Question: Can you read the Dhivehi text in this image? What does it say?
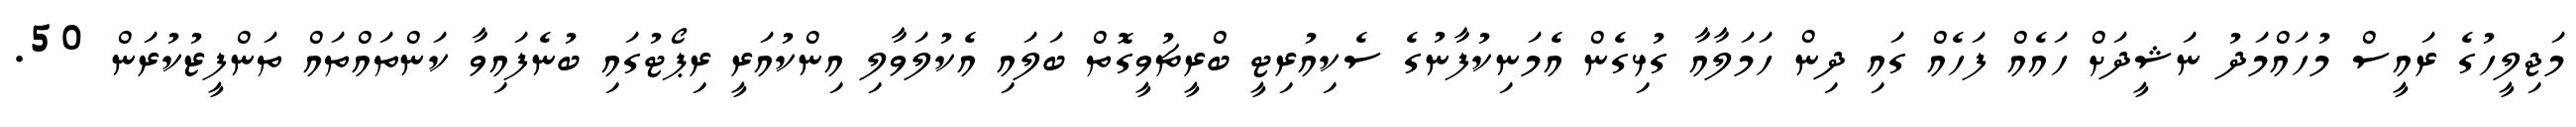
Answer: މަޖިލީހުގެ ރައީސް މުހައްމަދު ނަޝީދަށް ހައެއް ފަހެއް ގައި ދިން ހަމަލާއާ ގުޅިގެން އެމަނިކުފާނުގެ ސެކިއުރިޓީ ބްރީޗުވީގޮތް ބަލައި އެކުލަވާލި އިންކުއަރީ ރިޕޯޓުގައި ބުނެފައިވާ ކަންތައްތައް ތަންފީޒުކުރަން 50.